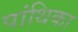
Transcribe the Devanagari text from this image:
पांथिका